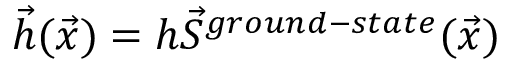
\vec { h } ( \vec { x } ) = h \vec { S } ^ { g r o u n d - s t a t e } ( \vec { x } )